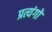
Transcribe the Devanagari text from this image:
प्रत्यंगो